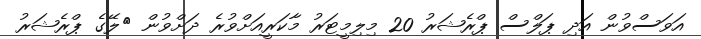
އަވަސްވުން އަދި ޕަލްސް ޕްރެޝަރު 20 މިލިމީޓަރު މާކަރީއަށްވުރެ ދަށްވުން 	ލޭގެ ޕްރެޝަރު